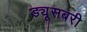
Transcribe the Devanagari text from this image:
ड्यूसबरी